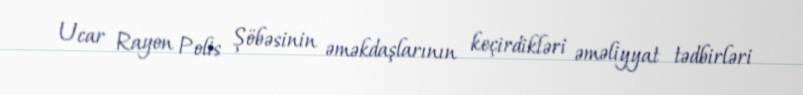
Ucar Rayon Polis Şöbəsinin əməkdaşlarının keçirdikləri əməliyyat tədbirləri